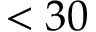
< 3 0